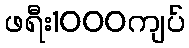
ဖရီး1000ကျပ်